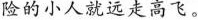
险的小人就远走高飞。